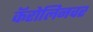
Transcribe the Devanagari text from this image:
कॅरोलिनवर